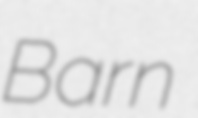
Barn